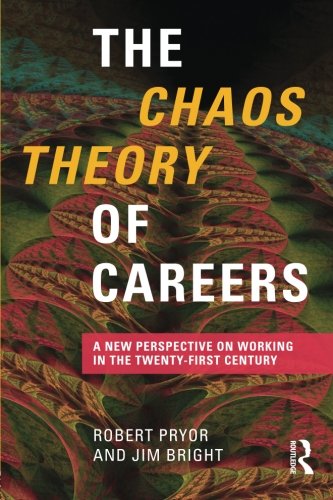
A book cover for The Chaos Theory of Careers: A New Perspective on Working in the Twenty-First Century; Robert Pryor; Science & Math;